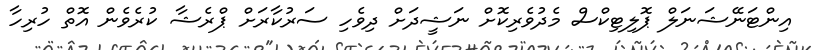
އިންޓަނޭޝަނަލް ޕޮލިޓިކްސް މެދުވެރިކޮށް ނަޝީދަށް ދިވެހި ސަރުކާރަށް ޕްރެޝާ ކުރެވެން އޮތް ހުރިހާ